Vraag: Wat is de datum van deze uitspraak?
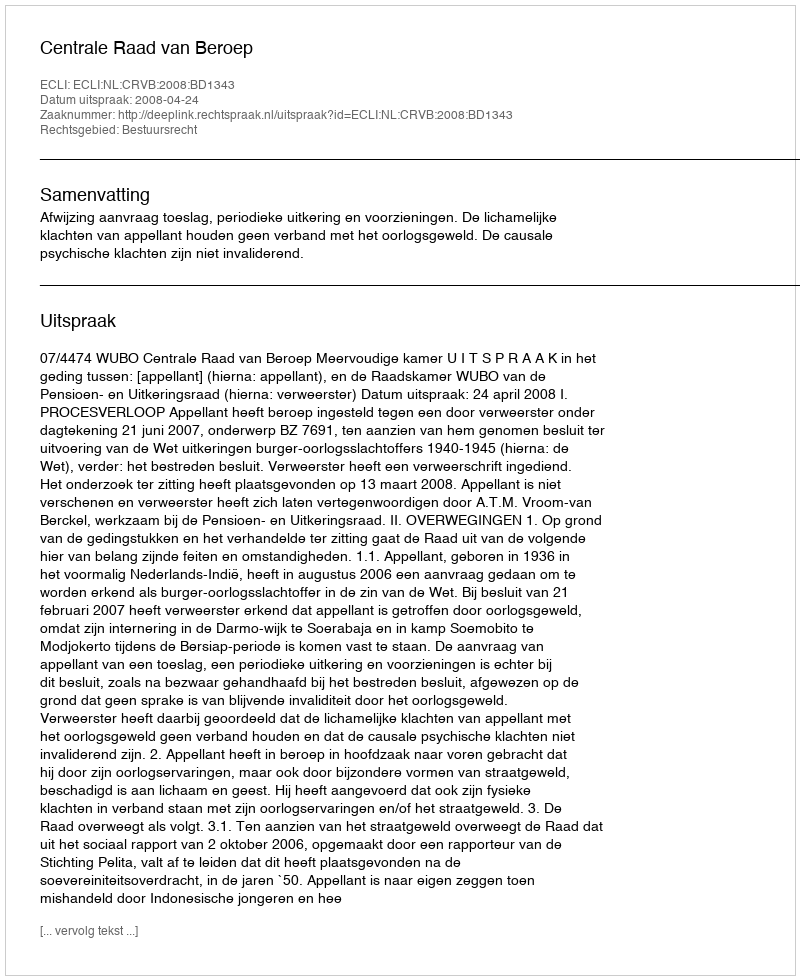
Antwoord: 2008-04-24